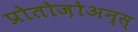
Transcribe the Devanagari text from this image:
प्रोतोज़ोअन्स्